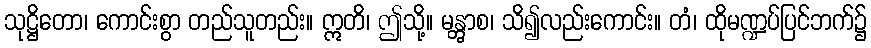
သုဋ္ဌိတော၊ ကောင်းစွာ တည်သူတည်း။ ဣတိ၊ ဤသို့။ မန္တွာစ၊ သိ၍လည်းကောင်း။ တံ၊ ထိုမဏ္ဍပ်ပြင်ဘက်၌